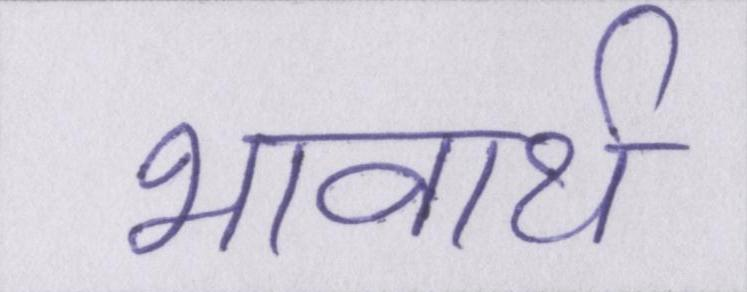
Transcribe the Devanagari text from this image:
भावार्थ